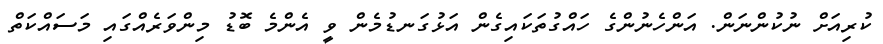
ކުރިއަށް ނުކުންނަން. އަންހެނުންގެ ހައްގުތަކައިގެން އަޅުގަނޑުމެން ވީ އެންމެ ބޮޑު މިންވަރެއްގައި މަސައްކަތް